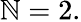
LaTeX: \mathbb{N}=2.